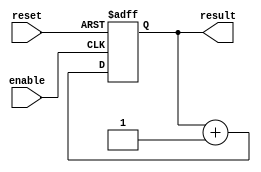
module counter_KEY3(input enable, input reset, output reg[3:0] result);


	always @(posedge enable, negedge reset) begin
	
		if (!reset) begin
			result <= 4'b0;
		end else if (enable) begin
			result <= result + 1'b1;
		end

	end
	

endmodule